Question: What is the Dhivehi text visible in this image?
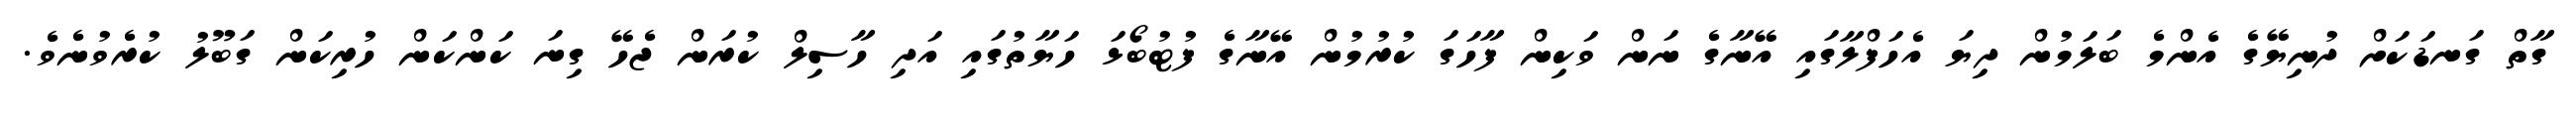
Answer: ގާތް ގަނޑަކަށް ދުނިޔޭގެ އެންމެ ބަލަމުން ދިޔަ އެހަފްލާގައި އޭނާގެ ނަން ވަކިން ފާހަގަ ކުރުމުން އޭނާގެ ފުޓުބޯޅަ ހަޔާތުގައި އަދި ހާސިލް ކުރަން ޖެހޭ ގިނަ ކަންކަން ހުރިކަން ގަބޫލު ކުރެވުނެވެ.